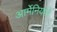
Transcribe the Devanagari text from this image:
आर्मेनियाने